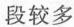
段较多